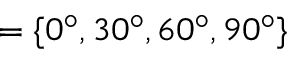
= \{ 0 ^ { \circ } , 3 0 ^ { \circ } , 6 0 ^ { \circ } , 9 0 ^ { \circ } \}